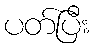
ပတ်ပြီး